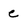
Character: e